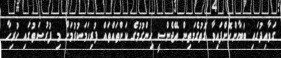
ގަވާއިދުގައި ބަޔާންކޮށްފައިވާ ގޮތުގެމަތިން އޭޖެންސީ ހިންގުމުގެ ކަންތައްތައް ފުރިހަމަކުރުމަށް މި ފުރުޞަތުގައި ހުރިހާ